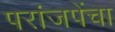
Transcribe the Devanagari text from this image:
परांजपेंचा